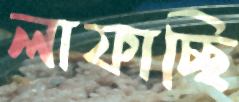
লাফাচ্ছি